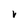
Character: r